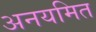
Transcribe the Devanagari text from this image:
अनयमित